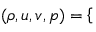
\begin{array} { r } { ( \rho , u , v , p ) = \left\{ \begin{array} { l l } \end{array} \right. } \end{array}